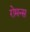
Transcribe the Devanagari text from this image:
रोमन्स